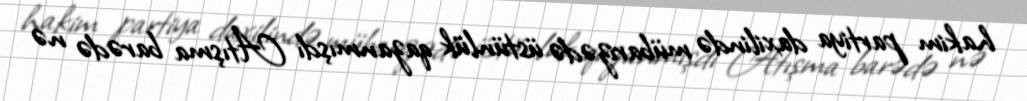
hakim partiya daxilində mübarizədə üstünlük qazanmışdı Atışma barədə nə